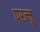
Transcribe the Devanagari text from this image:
परन्त्तु